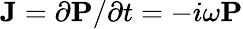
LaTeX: \mathbf{J}=\partial\mathbf{P}/\partial t=-i\omega\mathbf{P}